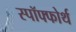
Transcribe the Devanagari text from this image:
स्पॉफ्फोर्थ